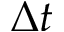
\Delta t